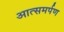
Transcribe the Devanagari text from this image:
आत्समर्पण